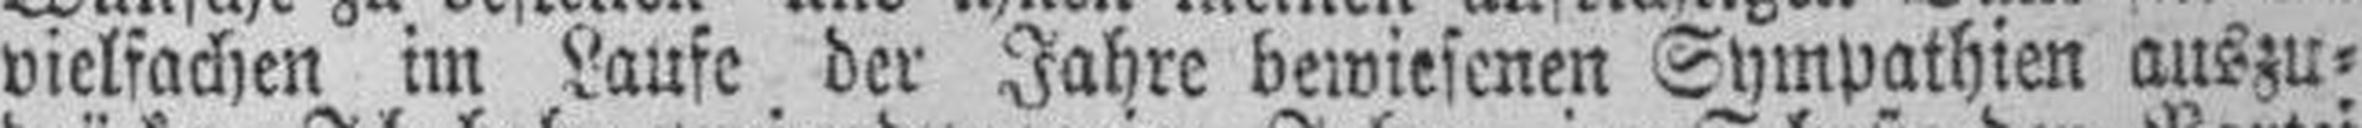
vielfachen im Laufe der Jahre bewiesenen Sympathien auszu¬